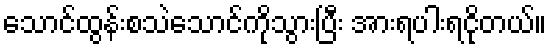
သောင်ထွန်းစသဲသောင်ကိုသွားပြီး အားရပါးရငိုတယ်။